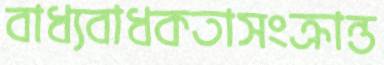
বাধ্যবাধকতাসংক্রান্ত